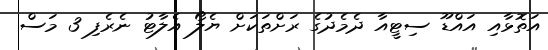
އަތޮޅާއި އައްޑޫ ސިޓީއާ ދެމެދުގެ ރަށްތަކަށް ޔެލޯ އެލާޓު ނެރެފި 3 މަސް